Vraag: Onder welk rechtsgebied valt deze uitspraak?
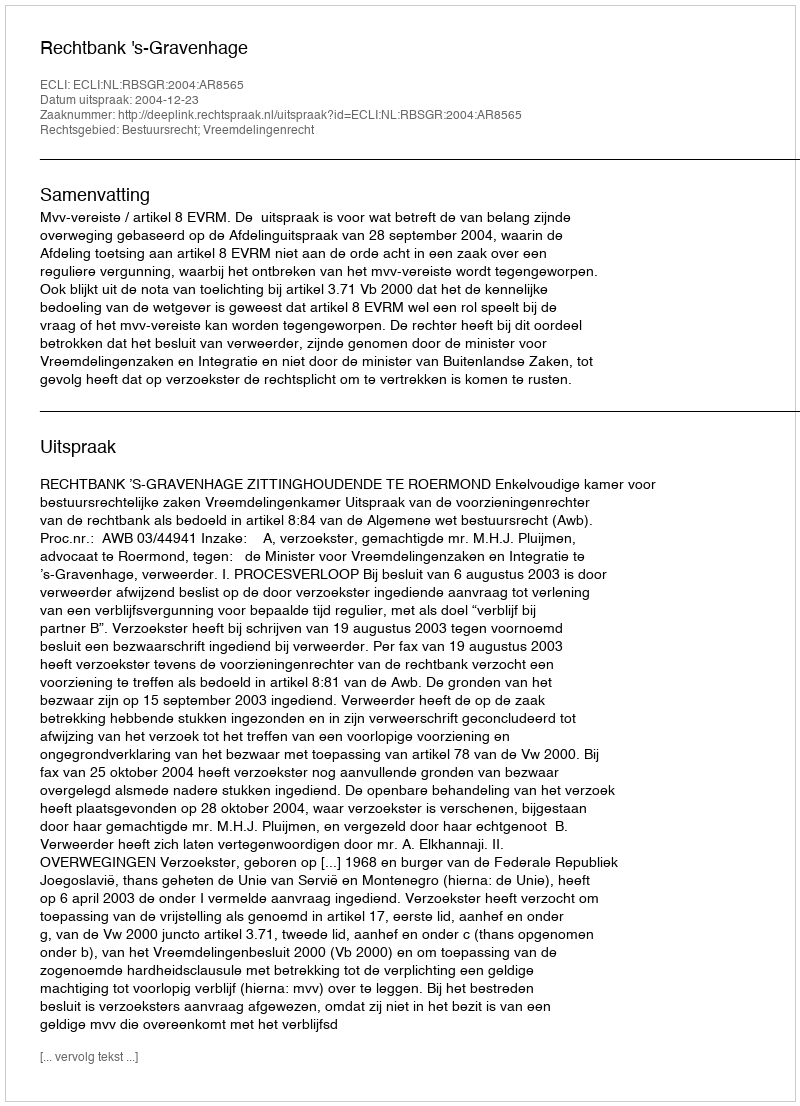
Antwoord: Bestuursrecht; Vreemdelingenrecht